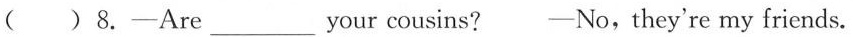
( )8.—Are___your cousins? —No, they're my friends.